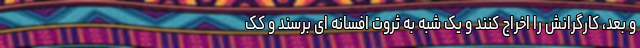
و بعد، کارگرانش را اخراج کنند و یک شبه به ثروت افسانه ای برسند و کک